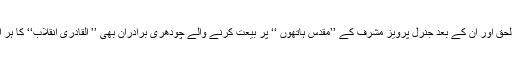
جنرل ضیاء اُلحق اور اُن کے بعد جنرل پرویز مشرف کے ’’مقدّس ہاتھوں ‘‘ پر بیعت کرنے والے چودھری برادران بھی ’’ القادری انقلاب‘‘ کا ہر اوّل دستہ ہیں۔